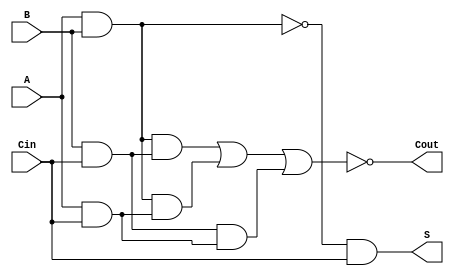
module NegativeCircuitFullAdder (
    input wire A,    // First input bit (active low)
    input wire B,    // Second input bit (active low)
    input wire Cin,  // Carry-in bit (active low)
    output wire S,   // Sum output (active low)
    output wire Cout  // Carry-out output (active low)
);

// Intermediate signals for the XOR operation
wire A_xor_B;
wire A_xor_B_xor_Cin;
wire AB, BCin, ACin;

// XOR operation using NAND gates
assign A_xor_B = ~(A & B); // A NAND B
assign A_xor_B_xor_Cin = ~(A_xor_B & Cin); // (A XOR B) NAND Cin

// Sum output (active low)
assign S = ~A_xor_B_xor_Cin; // S = NOT(A XOR B XOR Cin)

// Carry-out logic
assign AB = ~(A & B);        // A NAND B
assign BCin = ~(B & Cin);    // B NAND Cin
assign ACin = ~(A & Cin);    // A NAND Cin

// Cout output (active low)
assign Cout = ~((~AB & ~BCin) | (~AB & ~ACin) | (~BCin & ~ACin)); // Cout = NOT((A AND B) OR (B AND Cin) OR (A AND Cin))

endmodule